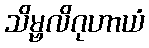
သိမ္ဗလိဂုဟာယံ